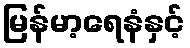
မြန်မာ့ရေနံနှင့်